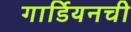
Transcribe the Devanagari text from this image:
गार्डियनची